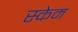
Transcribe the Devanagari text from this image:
स्केम